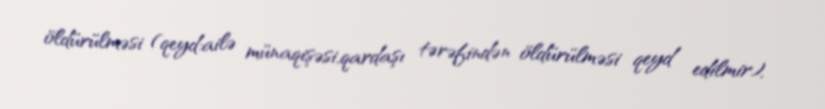
öldürülməsi (qeyd:ailə münaqişəsi,qardaşı tərəfindən öldürülməsi qeyd edilmir),